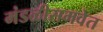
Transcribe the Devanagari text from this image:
मंडळीसमवेत